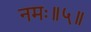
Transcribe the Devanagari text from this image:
नमः॥५॥